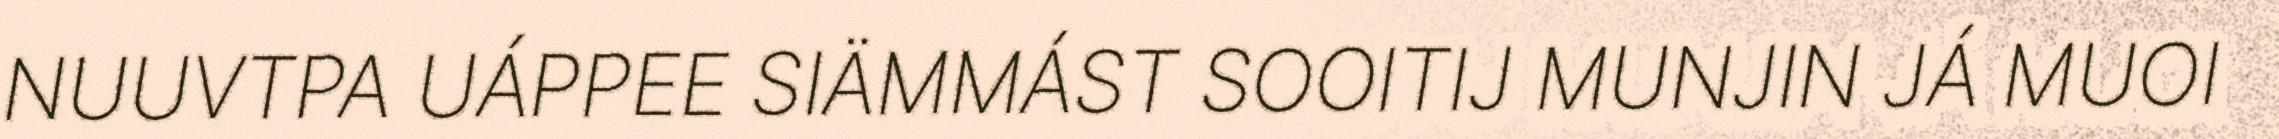
NUUVTPA UÁPPEE SIÄMMÁST SOOITIJ MUNJIN JÁ MUOI